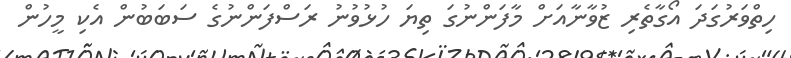
ހިތްވަރުގަދަ އޯގާތެރި ޒުވާނާއަށް މާފަންނުގަ ތިޔަ ހުޅުވުނު ރަސްފަންނުގެ ސަބަބުން އެކި މީހުން